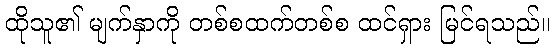
ထိုသူ၏ မျက်နှာကို တစ်စထက်တစ်စ ထင်ရှား မြင်ရသည်။